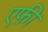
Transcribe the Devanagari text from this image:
एफ़ी